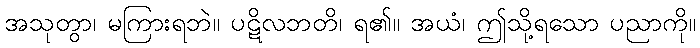
အသုတွာ၊ မကြားရဘဲ။ ပဋိလဘတိ၊ ရ၏။ အယံ၊ ဤသို့ရသော ပညာကို။